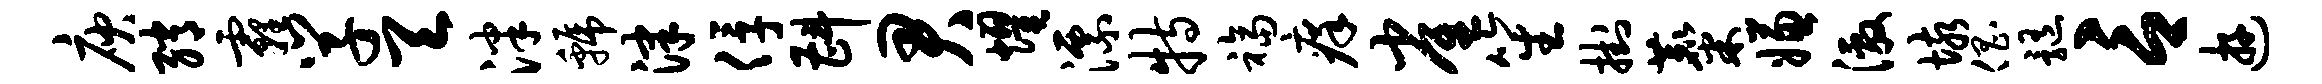
庾绡霾学天泮虢津俘斟君耀漂特福痒雀笙挂麋嫌激垓倡髓言游